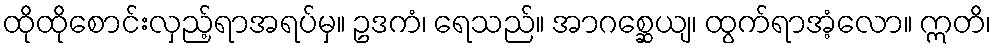
ထိုထိုစောင်းလှည့်ရာအရပ်မှ။ ဥဒကံ၊ ရေသည်။ အာဂစ္ဆေယျ၊ ထွက်ရာအံ့လော။ ဣတိ၊